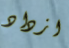
ازداد